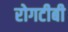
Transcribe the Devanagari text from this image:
रोगटीबी